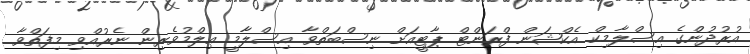
އުރުދުންގެ އިސްލާމިކް އެކްޝަން ފްރަންޓް ޕާޓީއަށް ނިސްބަތްވާ އިސްލާމީ ޢިލްމުވެރިން ނެރުއްވި މިފަތްވާ